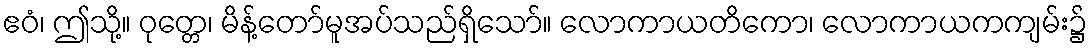
ဧဝံ၊ ဤသို့။ ဝုတ္တေ၊ မိန့်တော်မူအပ်သည်ရှိသော်။ လောကာယတိကော၊ လောကာယကကျမ်း၌